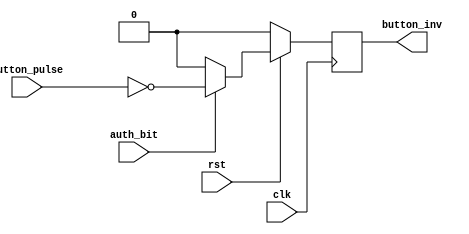
module Button_Inverter(button_pulse,auth_bit,clk,rst,button_inv);
 input button_pulse,clk,rst,auth_bit;
 output reg button_inv;

 always @ (posedge clk)
 begin
 if(rst==0)
 button_inv<=0;
 else
 begin
 if(auth_bit==1)
 button_inv<=~(button_pulse);
 else button_inv<=0;
 end
 end
endmodule